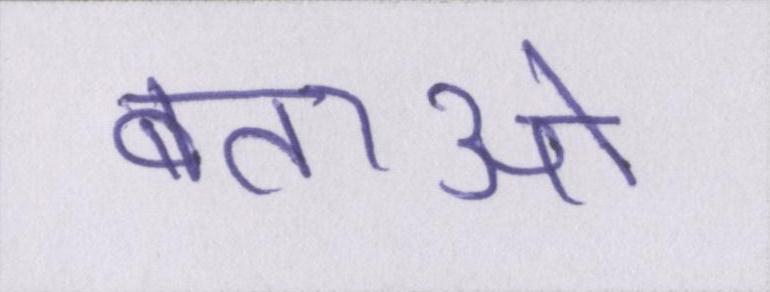
बताओ